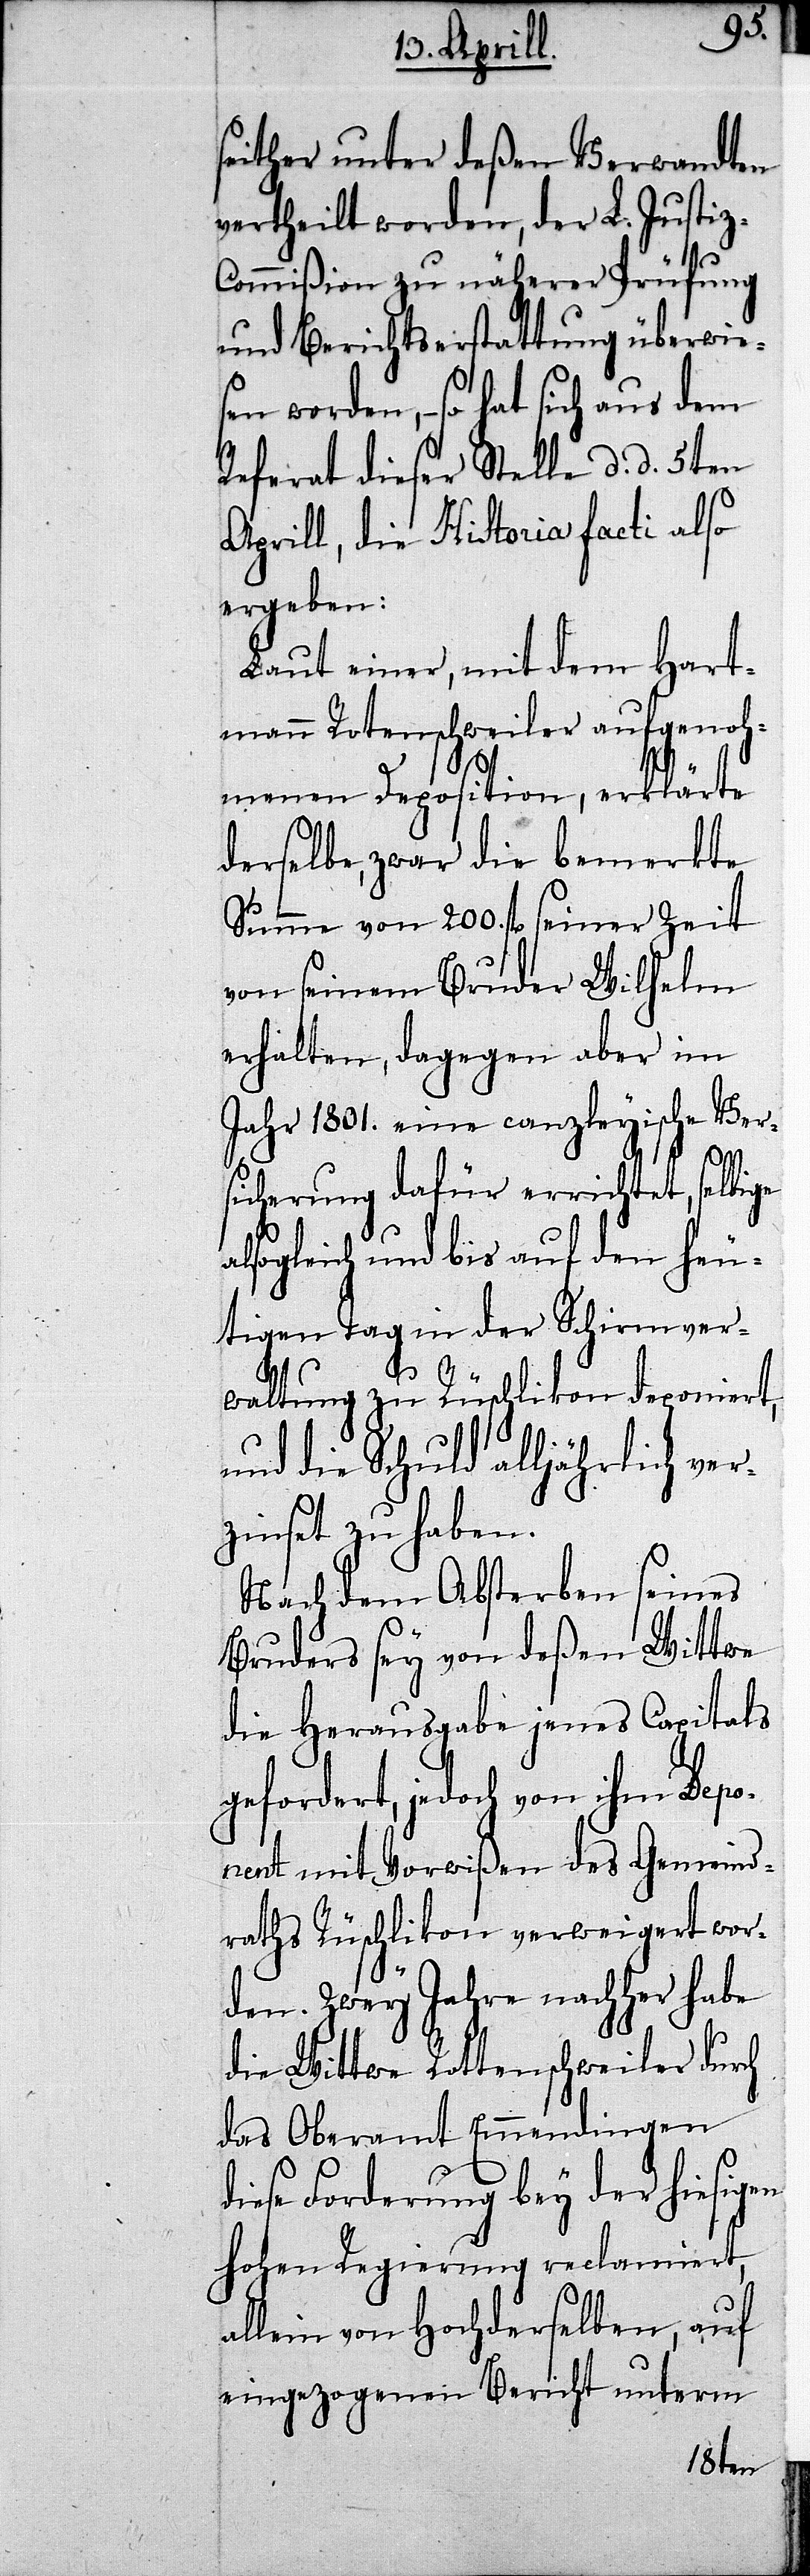
seither unter deßen Verwandten
vertheilt worden, der L. Justi¬
t,
z-Commißion zu näherer Prüfung
und Berichterstattung überwie¬
sen worden,– so hat sich aus dem
Referat dieser Stelle d. d. 5ten
Aprill, die Historia facti also
ergeben:
Laut einer, mit dem Hart¬
mann Rotenschweiler aufgenoh¬
menen Deposition, erklärte
derselbe, zwar die bemerkte
Summe von 200. fl. seiner Zeit
von seinem Bruder Wilhelm
erhalten, dagegen aber im
Jahr 1801. eine canzleyische Ver¬
sicherung dafür errichtet, selbige
gleich und bis auf den heu¬
tigen Tag in der Schirmver¬
waltung zu Rüschlikon deponier¬
und die Schuld alljährlich ver¬
zinset zu haben.
Nach dem Absterben seines
Bruders sey von deßen Wittwe
die Herausgabe jenes Capitals
gefordert, jedoch von ihm Depo¬
nent mit Vorwißen des Gemeind¬
raths Rüschlikon verweigert wor¬
den. Zwey Jahre nachher habe
die Wittwe Rottenschweiler durch
das Oberamt Emmendingen
diese Forderung bey der hiesigen
hohen Regierung reclamiert,
allein von Hochderselben, auf
eingezogenen Bericht unterm
6ten